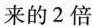
来的2倍